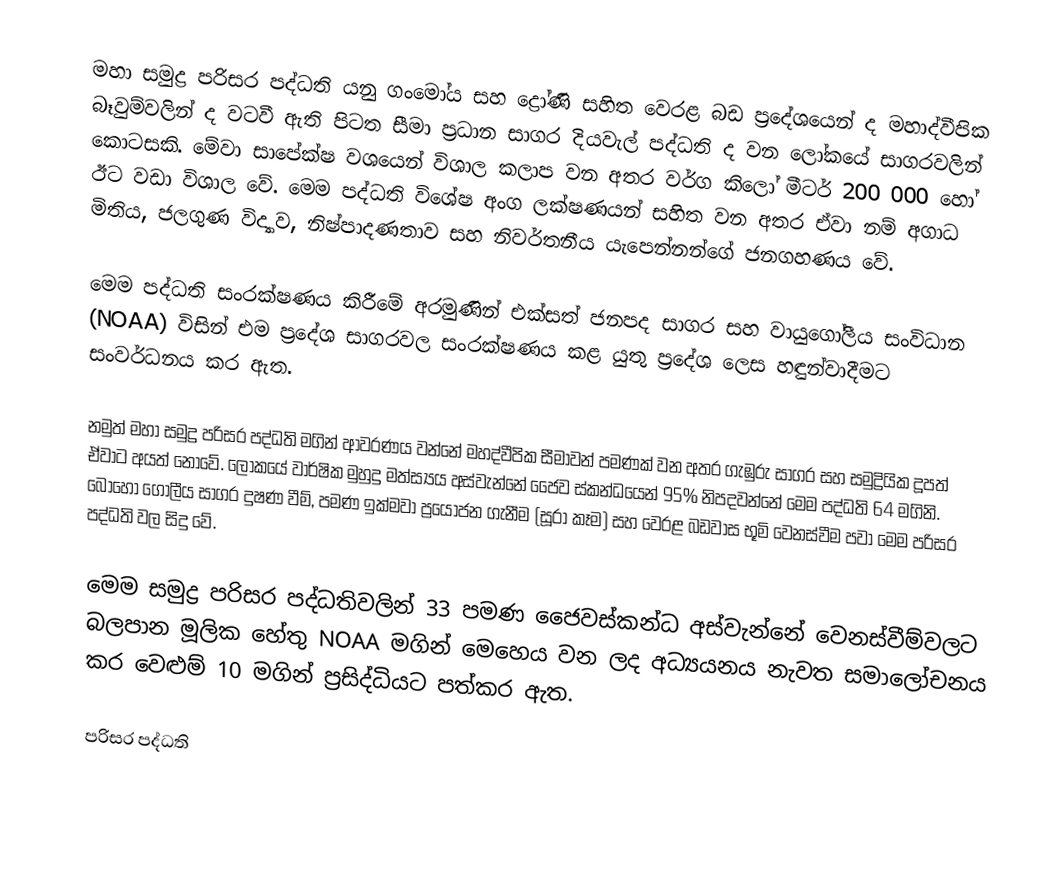
මහා සමුද්‍ර පරිසර පද්ධති යනු ගංමෝය සහ ද්‍රෝණි සහිත වෙරළ බඩ ප්‍රදේශයෙන් ද මහාද්වීපික බෑවුම්වලින් ද වටවී ඇති පිටත සීමා ප්‍රධාන සාගර දියවැල් පද්ධති ද වන ලෝකයේ සාගරවලින් කොටසකි. මේවා සාපේක්ෂ වශයෙන් විශාල කලාප වන අතර වර්ග කිලෝ මීටර් 200 000 හෝ ඊට වඩා විශාල වේ. මෙම පද්ධති විශේෂ අංග ලක්ෂණයන් සහිත වන අතර ඒවා නම් අගාධ මිතිය, ජලගුණ විද්‍යාව, නිෂ්පාදණතාව සහ නිවර්තනීය යැපෙන්නන්ගේ ජනගහණය වේ.

මෙම පද්ධති සංරක්ෂණය කිරී‍මේ අරමුණින් එක්සත් ජනපද සාගර සහ වායුගෝලීය සංවිධාන (NOAA) විසින් එම ප්‍රදේශ සාගරවල සංරක්ෂණය කළ යුතු ‍ප්‍රදේශ ලෙස හඳුන්වාදීමට සංවර්ධනය කර ඇත.

නමුත් මහා සමුද්‍ර පරිසර පද්ධති මගින් ආවරණය වන්නේ මහද්වීපික සීමාවන් පමණක් වන අතර ගැඹුරු සාගර සහ සමුද්‍රියික දූපත් ඒවාට අයත් නොවේ. ලෝකයේ වාර්ෂික මුහුදු මත්ස්‍යය අස්වැන්නේ ජෛව ස්කන්ධයෙන් 95% නිපදවන්නේ මෙම පද්ධති 64 මගිනි. බොහෝ ගෝලීය සාගර දුෂණ වීම්, පමණ ඉක්මවා ප්‍රයෝජන ගැනීම (සූරා කෑම) සහ වෙරළ බඩවාස භූමි වෙනස්වීම පවා මෙම පරිසර පද්ධති වල සිදු වේ.

මෙම සමුද්‍ර පරිසර පද්ධතිවලින් 33 පමණ  ජෛවස්කන්ධ අස්වැන්නේ  වෙනස්වීම්වලට බලපාන මූලික හේතු NOAA මගින් මෙහෙය වන ලද අධ්‍යයනය නැවත සමාලෝචනය කර වෙළුම් 10 මගින් ප්‍රසිද්ධියට පත්කර ඇත.

පරිසර පද්ධති